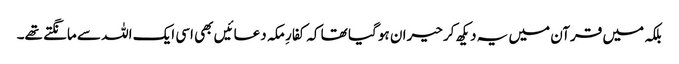
بلکہ میں قرآن میں یہ دیکھ کر حیران ہو گیا تھا کہ کفارِ مکہ دعائیں بھی اسی ایک اللہ سے مانگتے تھے۔